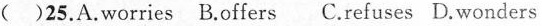
( )25. A.worries B.offers C.refuses D.wonders